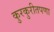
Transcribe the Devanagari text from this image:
कुरकुरीतपणा